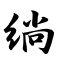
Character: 绱